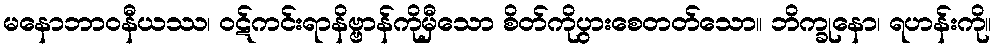
မနောဘာဝနီယဿ၊ ဝဋ်ကင်းရာနိဗ္ဗာန်ကိုမှီသော စိတ်ကိုပွားစေတတ်သော။ ဘိက္ခုနော၊ ရဟန်းကို။